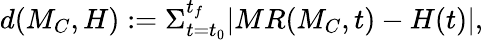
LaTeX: \begin{array}{l}{\left.\begin{array}{r}{d(M_{C},H):=\Sigma_{t=t_{0}}^{t_{f}}|MR(M_{C},t)-H(t)|,}\end{array}\right.}\end{array}